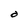
Character: O